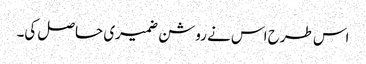
اس طرح اس نے روشن ضمیری حاصل کی۔